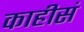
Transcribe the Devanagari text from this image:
काहीसं